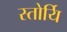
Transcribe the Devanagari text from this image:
स्तोर्यि